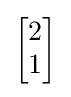
{\begin{bmatrix}2\\1\end{bmatrix}}